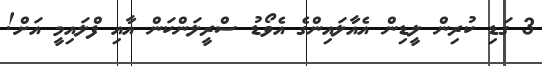
3 ގަޑި ކުރިން ލީޑިން އެއާލައިންގެ އެވޯޑު ސްރީލަންކަން އާއި ފްލައިމީ އަށް!